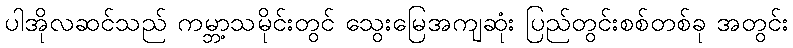
ပါအိုလဆင်သည် ကမ္ဘာ့သမိုင်းတွင် သွေးမြေအကျဆုံး ပြည်တွင်းစစ်တစ်ခု အတွင်း